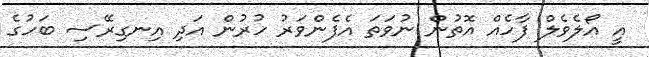
އީ އޯލެވެލް ފާހެއް އޮތުން ނުވަތަ އެފެންވަރު ހުރުން އަދި އިނގިރޭސި ބަހުގެ